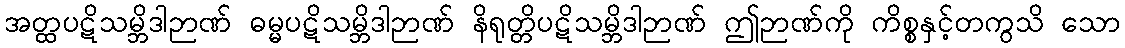
အတ္ထပဋိသမ္ဘိဒါဉာဏ် ဓမ္မပဋိသမ္ဘိဒါဉာဏ် နိရုတ္တိပဋိသမ္ဘိဒါဉာဏ် ဤဉာဏ်ကို ကိစ္စနှင့်တကွသိ သော